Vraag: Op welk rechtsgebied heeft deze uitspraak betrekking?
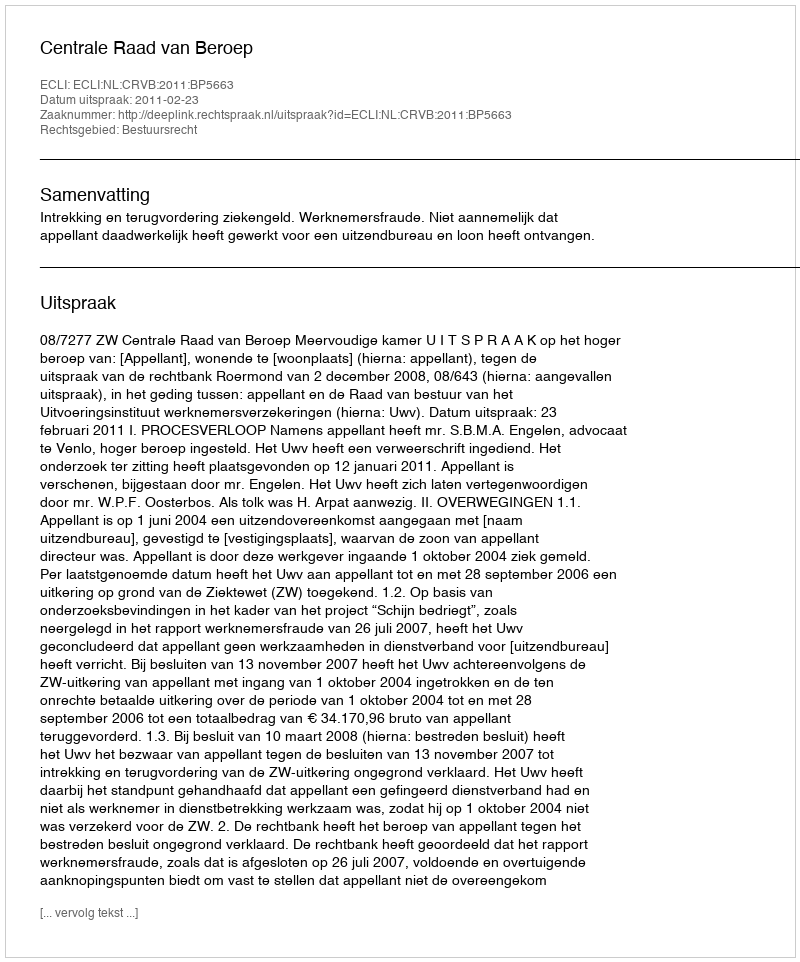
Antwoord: Bestuursrecht